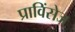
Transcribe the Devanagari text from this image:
प्राविंसेज